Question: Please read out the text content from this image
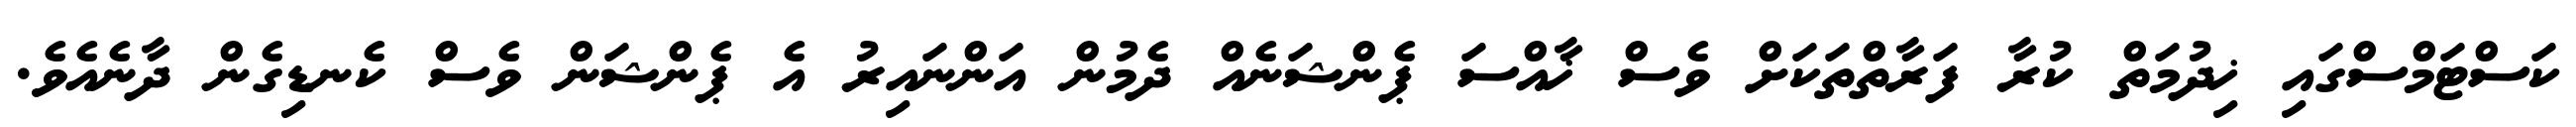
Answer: ކަސްޓަމްސްގައި ޚިދުމަތް ކުރާ ފަރާތްތަކަށް ވެސް ޚާއްސަ ޕެންޝަނެއް ދެމުން އަންނައިރު އެ ޕެންޝަން ވެސް ކެނޑިގެން ދާނެއެވެ.